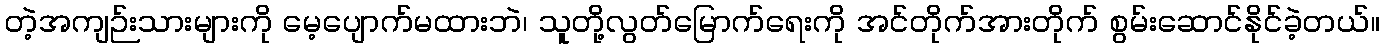
တဲ့အကျဉ်းသားများကို မေ့ပျောက်မထားဘဲ၊ သူတို့လွတ်မြောက်ရေးကို အင်တိုက်အားတိုက် စွမ်းဆောင်နိုင်ခဲ့တယ်။